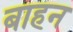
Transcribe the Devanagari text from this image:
बाहन